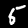
Label: 5